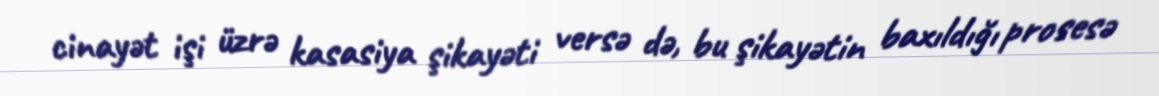
cinayət işi üzrə kasasiya şikayəti versə də, bu şikayətin baxıldığı prosesə